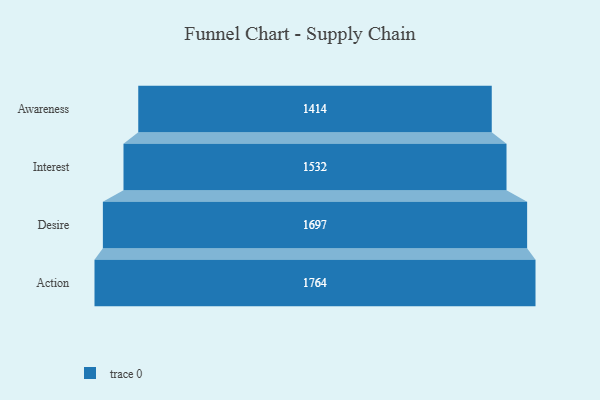
{"axis": {"x": "Stage", "y": "Value"}, "legend": [""], "data": [{"x": "Awareness", "y": 1414.0, "type": ""}, {"x": "Interest", "y": 1532.0, "type": ""}, {"x": "Desire", "y": 1697.0, "type": ""}, {"x": "Action", "y": 1764.0, "type": ""}]}